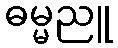
ဓမ္မညူ